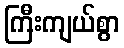
ကြီးကျယ်စွာ